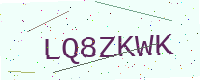
Text: LQ8ZKWK